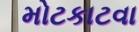
મોટકાટવા